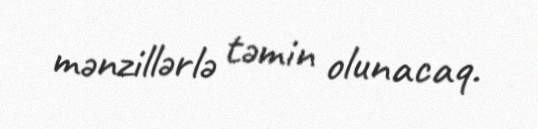
mənzillərlə təmin olunacaq.